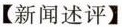
【新闻述评】